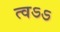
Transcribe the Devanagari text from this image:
त्वऽऽ